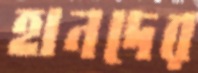
হানদের